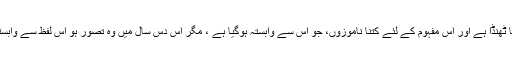
ترقی پسند کا لفظ جس قدر سپاٹ، کتنا شاعرانہ، کتنا ٹھنڈا ہے اور اس مفہوم کے لئے کتنا ناموزوں، جو اس سے وابستہ ہوگیا ہے ، مگر اس دس سال میں وہ تصور ہو اس لفظ سے وابستہ ہے ایک انجمن اور انجمن ایک تحریک کی شکل۔